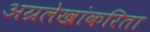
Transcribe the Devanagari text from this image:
अग्रलेखांकरिता